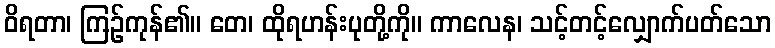
ဝိရတာ၊ ကြဉ်ကုန်၏။ တေ၊ ထိုရဟန်းပုတို့ကို။ ကာလေန၊ သင့်တင့်လျှောက်ပတ်သော